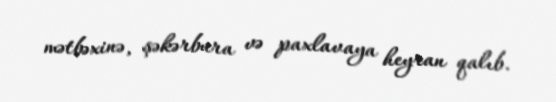
mətbəxinə, şəkərbura və paxlavaya heyran qalıb.